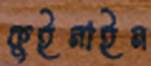
কুইনাইন